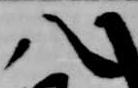
八